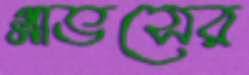
গ্লাভসের